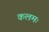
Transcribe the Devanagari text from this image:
कलमः